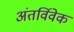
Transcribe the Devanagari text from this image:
अंतर्विवेक